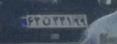
۶۳ن۳۲۱۹۹